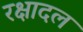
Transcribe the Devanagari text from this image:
रक्षादल